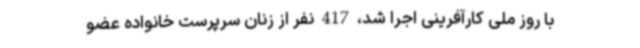
با روز ملی کارآفرینی اجرا شد، 417 نفر از زنان سرپرست خانواده عضو